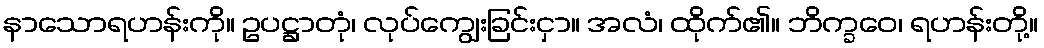
နာသောရဟန်းကို။ ဥပဋ္ဌာတုံ၊ လုပ်ကျွေးခြင်းငှာ။ အလံ၊ ထိုက်၏။ ဘိက္ခဝေ၊ ရဟန်းတို့။